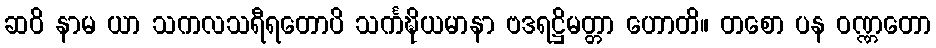
ဆဝိ နာမ ယာ သကလသရီရတောပိ သင်္ကဍ္ဎိယမာနာ ဗဒရဋ္ဌိမတ္တာ ဟောတိ။ တစော ပန ဝဏ္ဏတော